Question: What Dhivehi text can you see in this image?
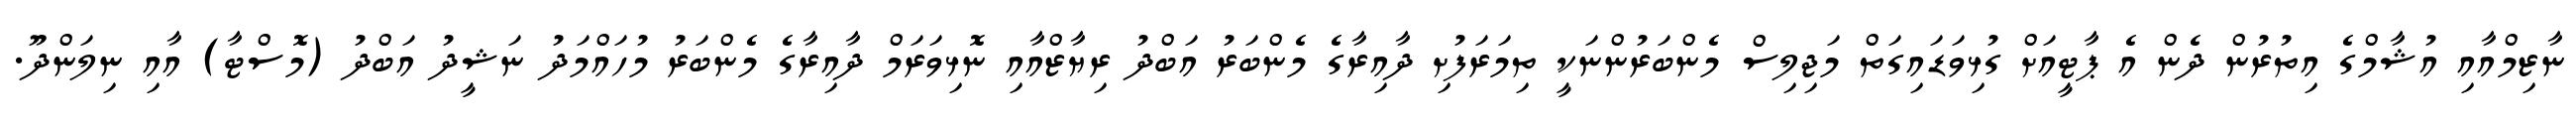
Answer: ނާޒިމްއާއި އުޝާމްގެ އިތުރުން ދެން އެ ޕާޓީއަށް ގުޅިވަޑައިގަތް މަޖިލިސް މެންބަރުންނަކީ ތިމަރަފުށި ދާއިރާގެ މެންބަރު އަބްދު ރިޔާޒްއާއި ނޮޅިވަރަމް ދާއިރާގެ މެންބަރު މުހައްމަދު ނަޝީދު އަބްދު (މޮސްޓާ) އާއި ނިލަންދޫ.